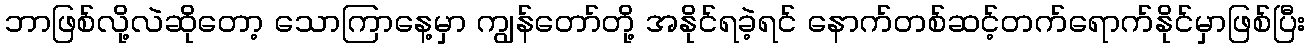
ဘာဖြစ်လို့လဲဆိုတော့ သောကြာနေ့မှာ ကျွန်တော်တို့ အနိုင်ရခဲ့ရင် နောက်တစ်ဆင့်တက်ရောက်နိုင်မှာဖြစ်ပြီး